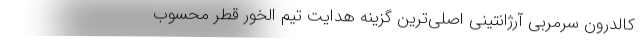
کالدرون سرمربی آرژانتینی اصلی‌ترین گزینه هدایت تیم الخور قطر محسوب